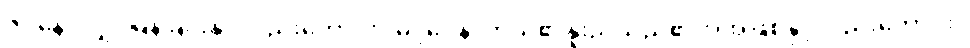
ဇဝနေ၊ လျှင်မြန်ခြင်းနှင့်လည်းကောင်း။ မဒ္ဒဝေန၊ ကိုယ်၏နူးညံသည်၏အအဖြစ်နှင့်လည်းကောင်း။